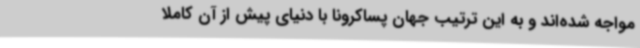
مواجه شده‌اند و به این ترتیب جهان پساکرونا با دنیای پیش از آن کاملا